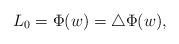
LaTeX: \begin{align*}L_{0} = \Phi(w) = \bigtriangleup\Phi(w) ,\end{align*}